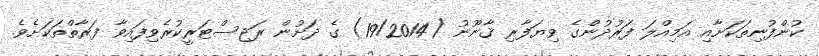
ކުންފުނިތަކަށާއި އަމިއްލަ ފަރުދުންގެ ވިޔަފާރި ޤާނޫނު (19/2014) ގެ ދަށުން ރަޖިސްޓަރީކުރެވިފައިވާ ފަރާތްތަކަށެވެ.